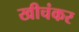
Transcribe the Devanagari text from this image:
खीचंकर